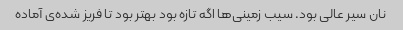
نان سیر عالی بود. سیب زمینی‌ها اگه تازه بود بهتر بود تا فریز شده‌ی آماده